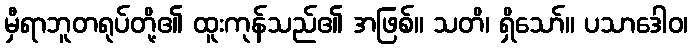
မှီရာဘူတရုပ်တို့၏ ထူးကုန်သည်၏ အဖြစ်။ သတိ၊ ရှိသော်။ ပသာဒေါဝ၊